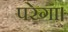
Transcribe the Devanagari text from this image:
परेगा।